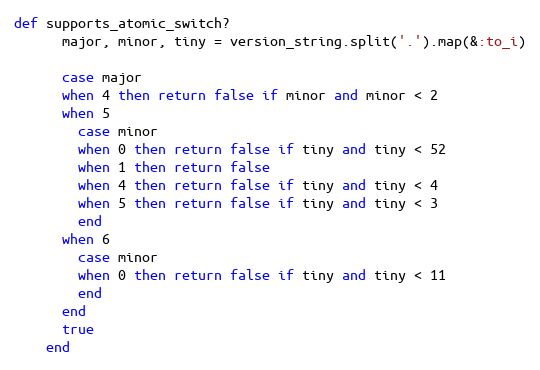
Language: Ruby
def supports_atomic_switch?
      major, minor, tiny = version_string.split('.').map(&:to_i)

      case major
      when 4 then return false if minor and minor < 2
      when 5
        case minor
        when 0 then return false if tiny and tiny < 52
        when 1 then return false
        when 4 then return false if tiny and tiny < 4
        when 5 then return false if tiny and tiny < 3
        end
      when 6
        case minor
        when 0 then return false if tiny and tiny < 11
        end
      end
      true
    end